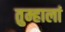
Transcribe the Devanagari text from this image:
तुम्हालां